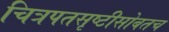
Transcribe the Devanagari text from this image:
चित्रपतसृष्टीसोबतच